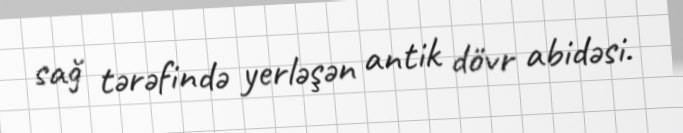
sağ tərəfində yerləşən antik dövr abidəsi.